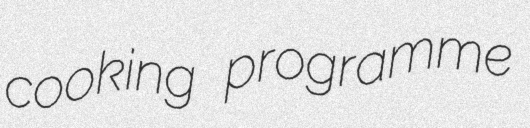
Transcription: cooking programme